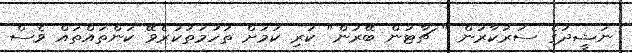
ނަޝީދުގެ ސަރުކާރުން " ޗާޓުން ބޭރުން" ކުރި ކަމަށް ތުހުމަތުކުރެވޭ ކަންތައްތައް ވެސް